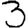
Digit: 3